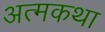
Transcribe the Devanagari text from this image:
अत्मकथा